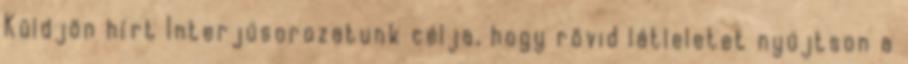
Küldjön hírt Interjúsorozatunk célja, hogy rövid látleletet nyújtson a